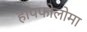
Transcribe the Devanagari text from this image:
हापफोलोमा